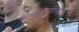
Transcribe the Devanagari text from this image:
दोघांनाहीलक्ष्य